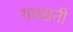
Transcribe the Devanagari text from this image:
गवसनी